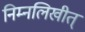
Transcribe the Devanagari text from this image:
निम्नलिखीत्